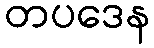
တပဒေန